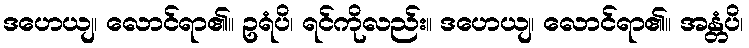
ဒဟေယျ၊ လောင်ရာ၏။ ဥရံပိ၊ ရင်ကိုလည်း။ ဒဟေယျ၊ လောင်ရာ၏။ အန္တံပိ၊